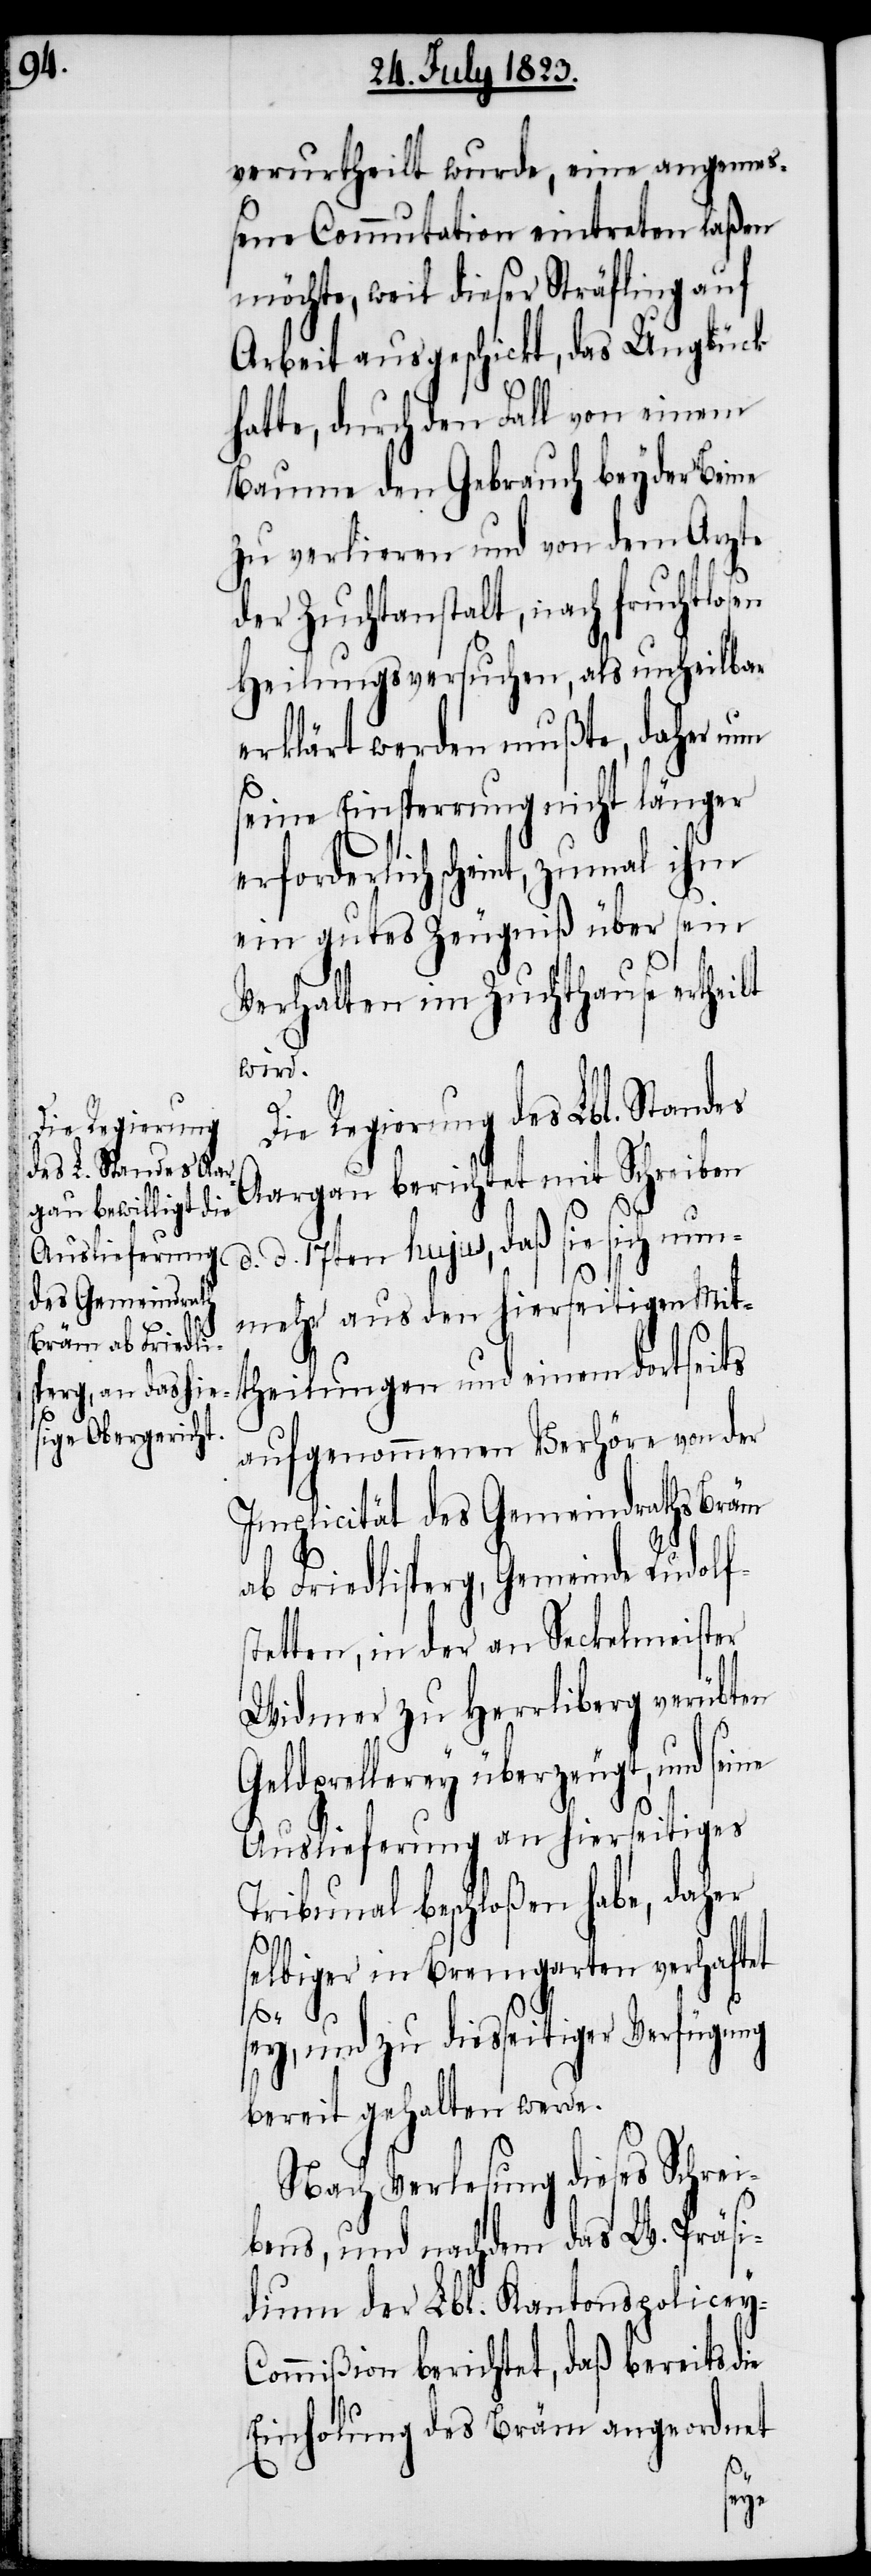
verurtheilt wurde, eine angemeß¬
ene Commutation eintreten laßen
möchte, weil dieser Sträfling auf
Arbeit ausgeschickt, das Unglück
hatte, durch den Fall von einem
Baume den Gebrauch beyder Beine
zu verlieren und von dem Arzte
der Zuchtanstalt, nach fruchtlosen
Heilungsversuchen, als unheilbar
erklärt werden mußte, daher nun
seine Einsperrung nicht länger
erforderlich scheint, zumal ihm
ein gutes Zeugniß über sein
Verhalten im Zuchthause ertheilt
wird.
Die Regierung des Lbl. Standes
Aargau berichtet mit Schreiben
d. 17ten hujus, daß sie sich nun¬
mehr aus den hierseitigen Mit¬
theilungen und einem dortseits
aufgenommenen Verhöre von der
Implicität des Gemeindraths Bräm
ab Friedlisperg, Gemeinde Rudolf¬
stetten, in der an Seckelmeister
Widmer zu Herrliberg verübten
Geldprellerey überzeugt, und seine
Auslieferung an hierseitiges
Tribunal beschloßen habe, daher
selbiger in Bremgarten verhaftet
sey, und zu diesseitiger Verfügung
bereit gehalten werde.
Nach Verlesung dieses Schrei¬
bens, und nachdem das W. Präsi¬
dium der Lbl. Kantonspolicey-C¬
ommißion berichtet, daß bereits die
Einholung des Bräm angeordnet